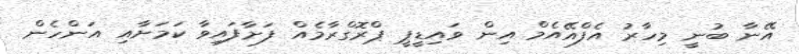
އޭނާ ބުނީ މިހާރު އެފްއޭއެމް އިން ވައިޑީޕީ ޕްރޮގްރާމެއް ފަށާފައިވާ ކަމަށާއި އަންހެން